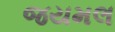
જયમલ